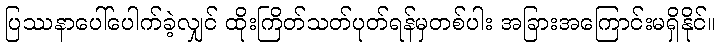
ပြဿနာပေါ်ပေါက်ခဲ့လျှင် ထိုးကြိတ်သတ်ပုတ်ရန်မှတစ်ပါး အခြားအကြောင်းမရှိနိုင်။